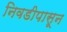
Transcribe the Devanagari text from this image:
निवडीपासून